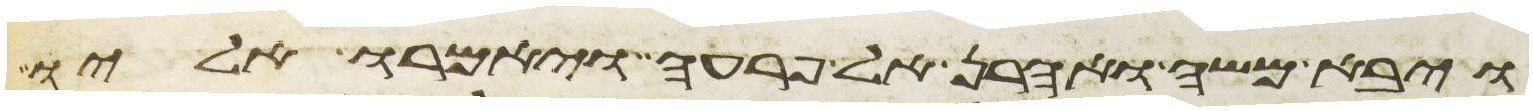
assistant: ויבא משה ואהרן אל פרעה ויאמרו אליו